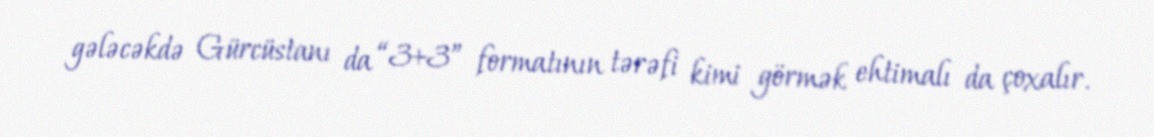
gələcəkdə Gürcüstanı da “3+3” formatının tərəfi kimi görmək ehtimalı da çoxalır.